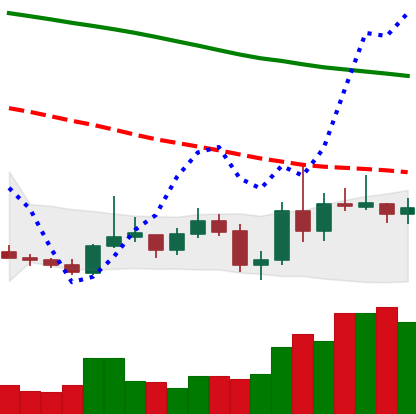
Ticker: XMR-USD
Chart end date: 2019-10-31
Forward return: 6.221%
Label: up_5_7